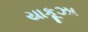
યાકૂઝા